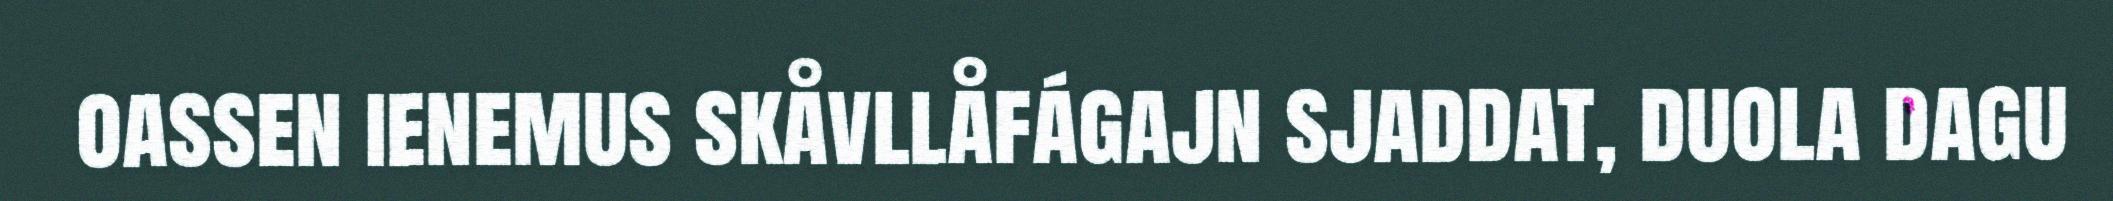
oassen ienemus skåvllåfágajn sjaddat, duola dagu